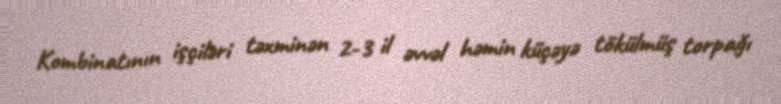
Kombinatının işçiləri təxminən 2-3 il əvvəl həmin küçəyə tökülmüş torpağı